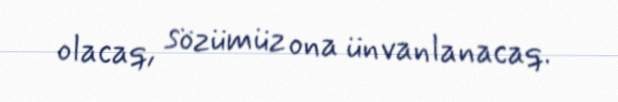
olacaq, sözümüz ona ünvanlanacaq.